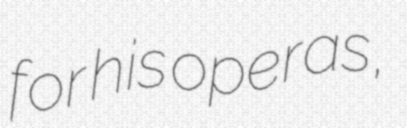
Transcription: for his operas,